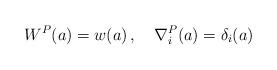
LaTeX: \begin{align*}W^{P} (a) = w(a) \, , \quad \nabla^{P}_{i} (a) = \delta_{i}(a)\end{align*}